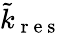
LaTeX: \tilde{k}_{\mathrm{~r~e~s~}}